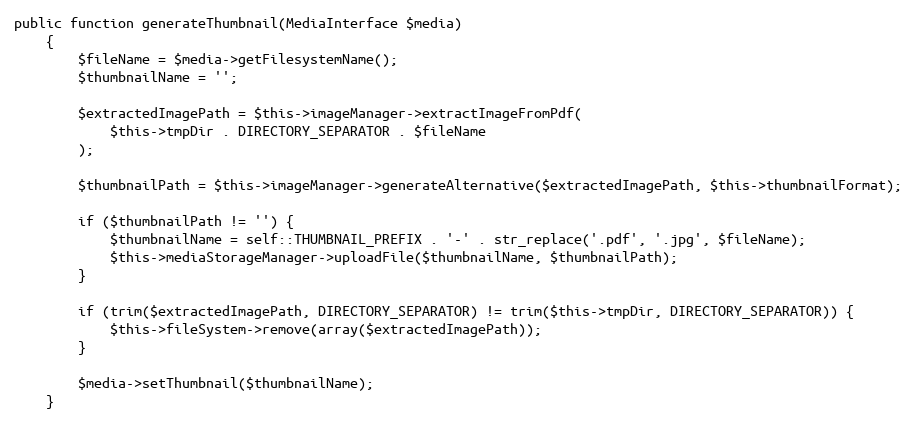
Language: PHP
public function generateThumbnail(MediaInterface $media)
    {
        $fileName = $media->getFilesystemName();
        $thumbnailName = '';

        $extractedImagePath = $this->imageManager->extractImageFromPdf(
            $this->tmpDir . DIRECTORY_SEPARATOR . $fileName
        );

        $thumbnailPath = $this->imageManager->generateAlternative($extractedImagePath, $this->thumbnailFormat);

        if ($thumbnailPath != '') {
            $thumbnailName = self::THUMBNAIL_PREFIX . '-' . str_replace('.pdf', '.jpg', $fileName);
            $this->mediaStorageManager->uploadFile($thumbnailName, $thumbnailPath);
        }

        if (trim($extractedImagePath, DIRECTORY_SEPARATOR) != trim($this->tmpDir, DIRECTORY_SEPARATOR)) {
            $this->fileSystem->remove(array($extractedImagePath));
        }

        $media->setThumbnail($thumbnailName);
    }